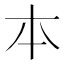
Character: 𠥽